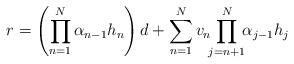
LaTeX: \begin{align*}r=\left( \prod_{n=1}^{N}\alpha_{n-1}h_{n}\right) d+\sum_{n=1}^{N}v_{n}\!\!\prod_{j=n+1}^{N}\!\!\alpha_{j-1}h_{j} \end{align*}